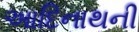
આદિનાથની